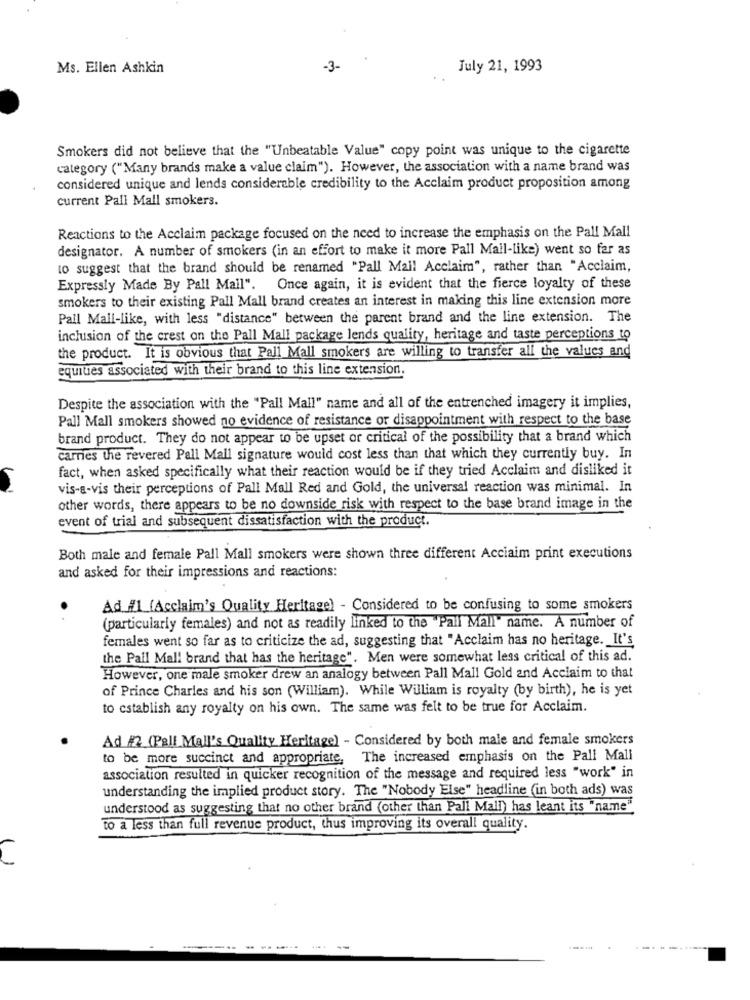
Ms. Ellen Ashkin
-3-
July 21, 1993
Smokers did not believe that the "Unbeatable Value" copy point was unique to the cigarette
category ("Many brands make a value claim"). However, the association with a name brand was
considered unique and lends considerable credibility to the Acclaim product proposition among
current Pall Mall smokers.
Reactions to the Acclaim package focused on the need to increase the emphasis on the Pall Mall
designator. A number of smokers (in an effort to make it more Pall Mall-like) went so far as
to suggest that the brand should be renamed "Pall Mall Acclaim", rather than "Acclaim,
Expressly Made By Pall Mail". Once again, it is evident that the fierce loyalty of these
smokers to their existing Pall Mall brand creates an interest in making this line extension more
Pall Mall-like, with less "distance" between the parent brand and the line extension. The
inclusion of the crest on the Pall Mall package lends quality, heritage and taste perceptions to
the product. It is obvious that Pall Mall smokers are willing to transfer all the values and
equities associated with their brand to this line extension.
Despite the association with the "Pall Mall" name and all of the entrenched imagery it implies,
Pall Mall smokers showed no evidence of resistance or disappointment with respect to the base
brand product. They do not appear to be upset or critical of the possibility that a brand which
carries the revered Pall Mall signature would cost less than that which they currently buy. In
fact, when asked specifically what their reaction would be if they tried Acclaim and disliked it
vis-a-vis their perceptions of Pall Mall Red and Gold, the universal reaction was minimal. In
other words, there appears to be no downside risk with respect to the base brand image in the
event of trial and subsequent dissatisfaction with the product.
Both male and female Pall Mall smokers were shown three different Acciaim print executions
and asked for their impressions and reactions:
Ad #1 (Acclaim's Quality Heritage) - Considered to be confusing to some smokers
(particularly females) and not as readily linked to the "Pall Mall" name. A number of
females went so far as to criticize the ad, suggesting that "Acclaim has no heritage. It's
the Pall Mall brand that has the heritage". Men were somewhat less critical of this ad.
However, one male smoker drew an analogy between Pall Mall Gold and Acclaim to that
of Prince Charles and his son (William). While William is royalty (by birth), he is yet
to establish any royalty on his own. The same was felt to be true for Acclaim.
Ad #2 (Pall Mall's Quality Heritage) - Considered by both male and female smokers
to be more succinct and appropriate, The increased emphasis on the Pall Mall
association resulted in quicker recognition of the message and required less "work" in
understanding the implied product story. The "Nobody Else" headline (in both ads) was
understood as suggesting that no other brand (other than Pall Mall) has leant its "name"
to a less than full revenue product, thus improving its overall quality.
()
----